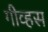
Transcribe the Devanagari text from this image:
गीव्हस